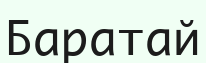
Баратай